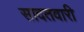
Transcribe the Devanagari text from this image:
सादतवारी